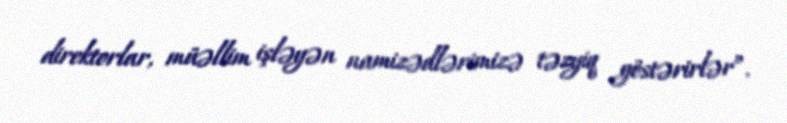
direktorlar, müəllim işləyən namizədlərimizə təzyiq göstərirlər”.